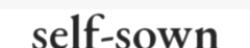
self-sown